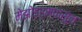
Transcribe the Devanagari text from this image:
मेझोडर्मपासून